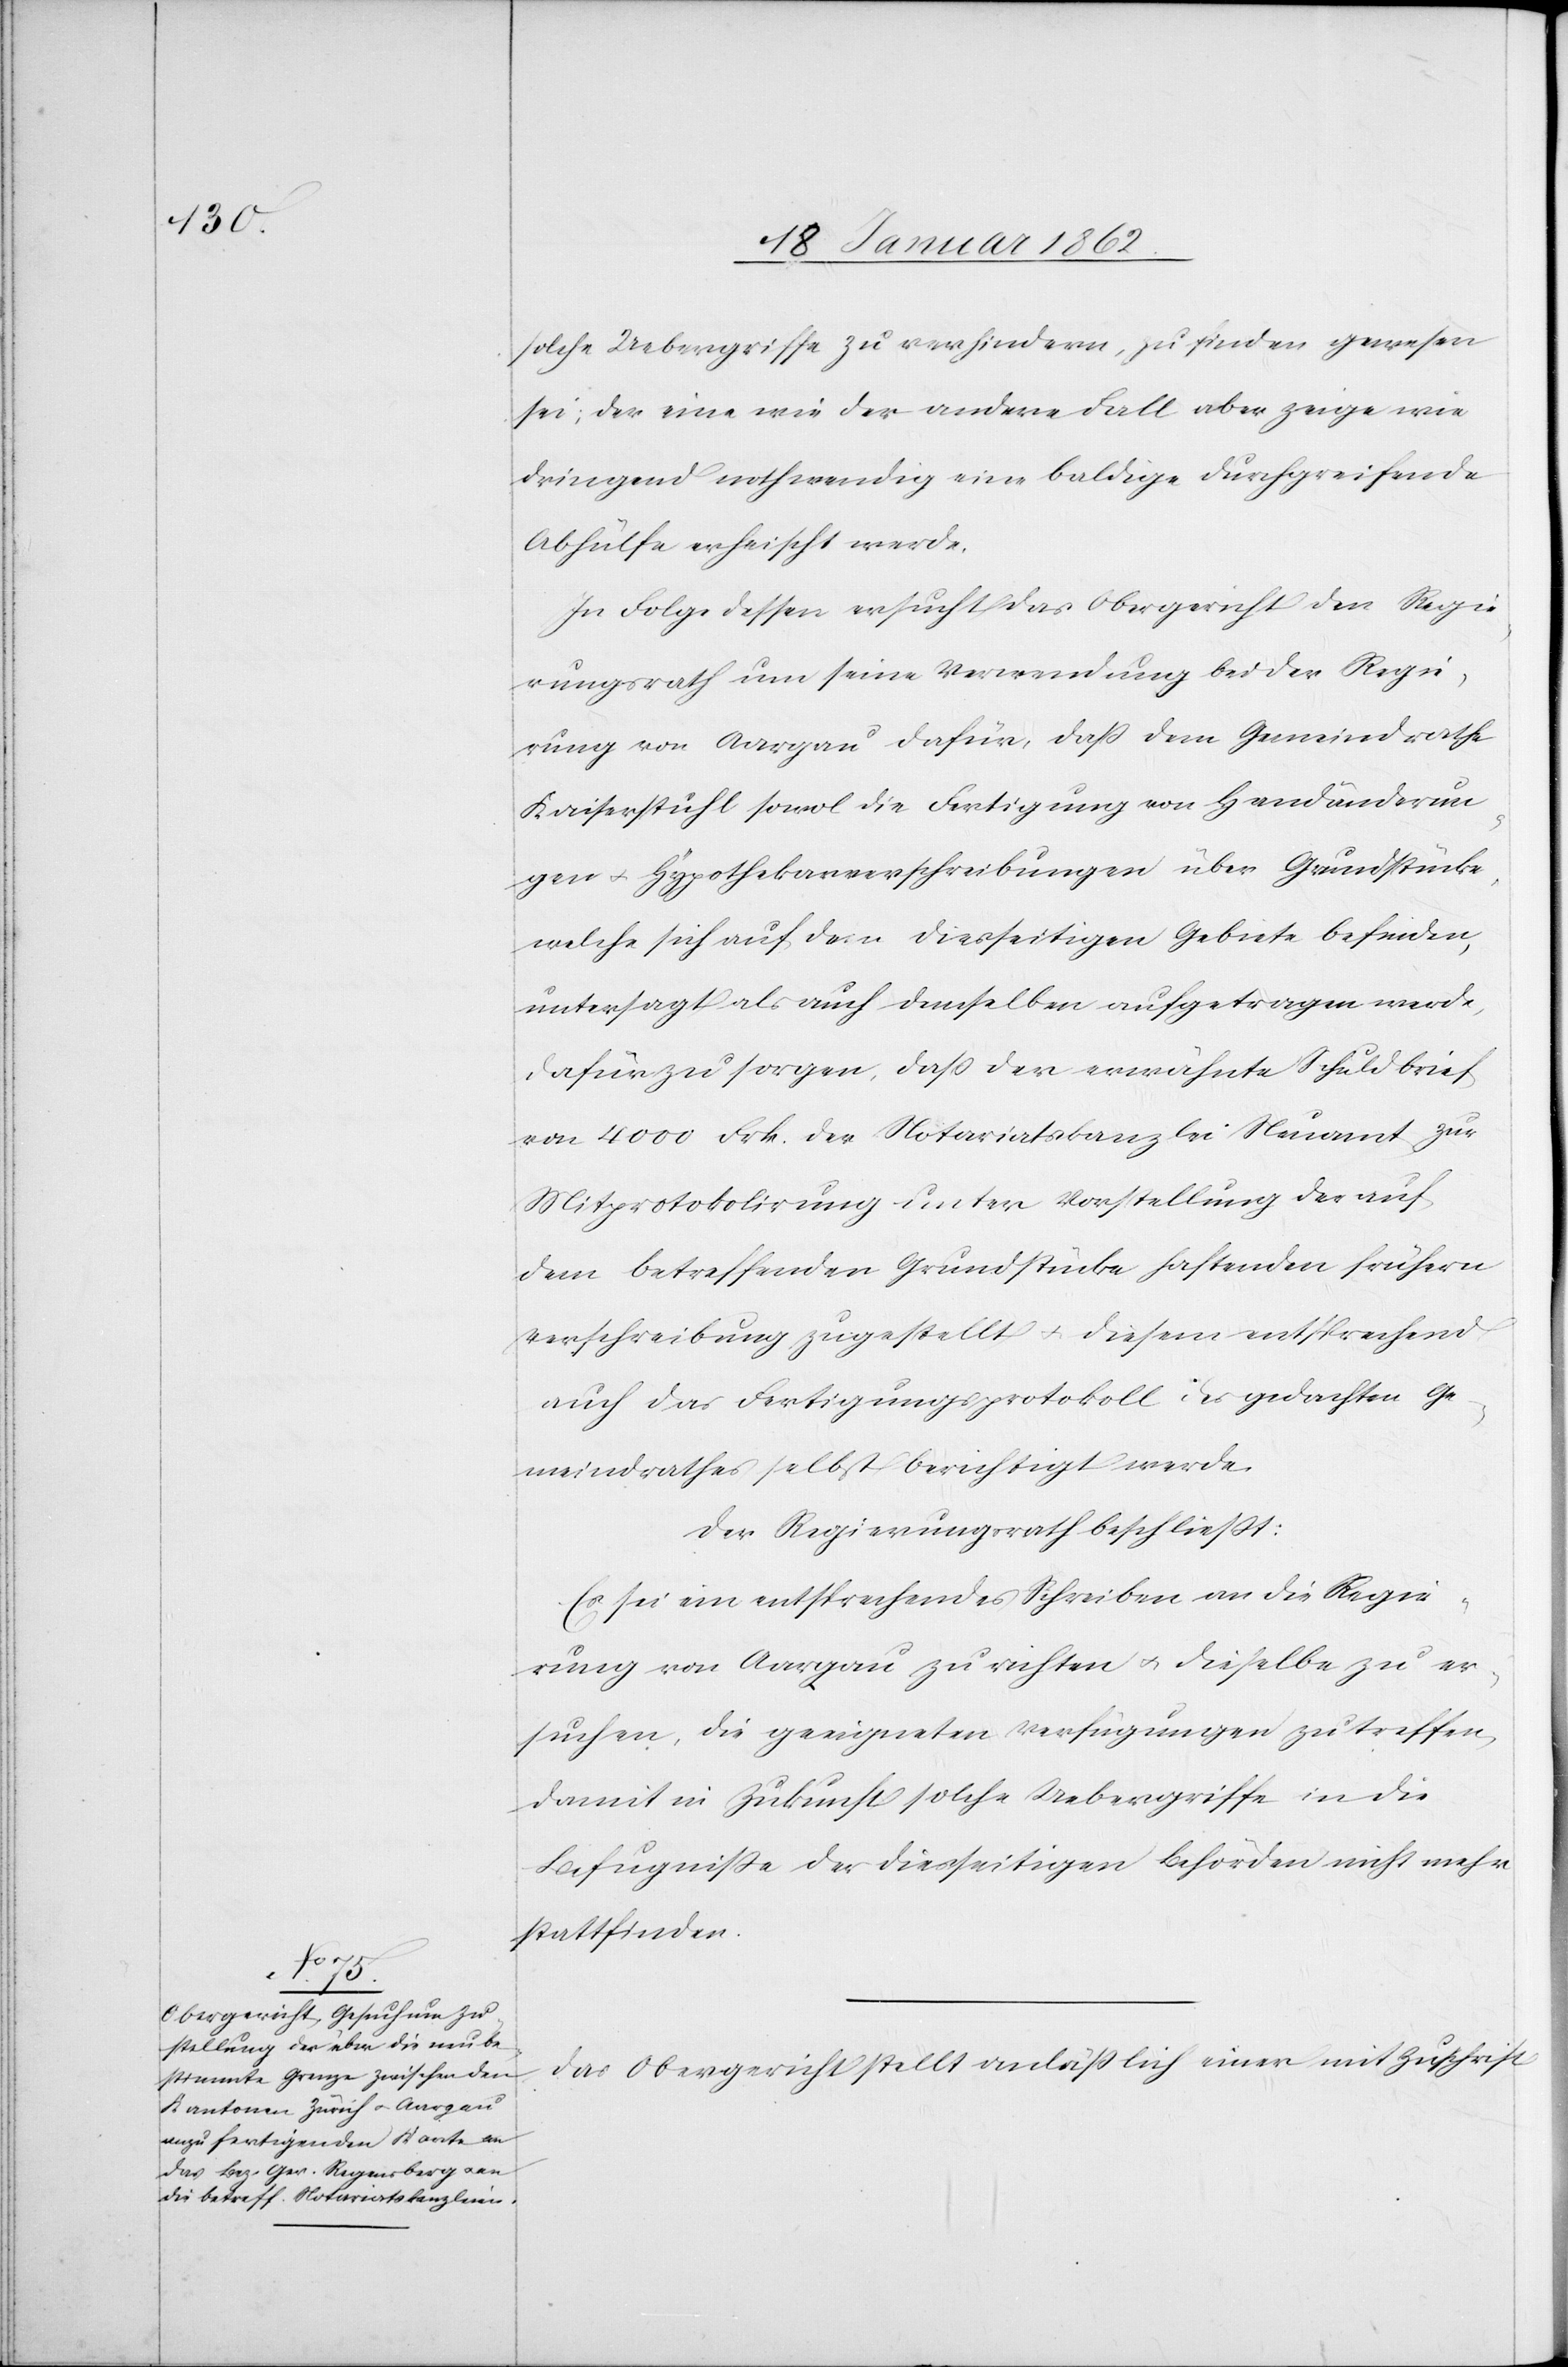
solche Uebergriffe zu verhindern, zu finden gewesen
sei; der eine wie der andere Fall aber zeige wie
dringend nothwendig eine baldige durchgreifende
Abhülfe erheischt werde.
In Folge dessen ersucht das Obergericht den Regie¬
rungsrath um seine Verwendung bei der Regie¬
rung von Aargau dafür, daß dem Gemeindrathe
Kaiserstuhl sowol die Fertigung von Handänderun¬
gen u. Hypothekarverschreibungen über Grundstücke,
welche sich auf dem diesseitigen Gebiete befinden,
untersagt als auch demselben aufgetragen werde,
dafür zu sorgen, daß der erwähnte Schuldbrief
von 4000 Frk. der Notariatskanzlei Neuamt zur
Mitprotokolirung unter Vorstellung der auf
dem betreffenden Grundstücke haftenden frühern
Verschreibung zugestellt u. diesem entsprechend
auch das Fertigungsprotokoll des gedachten Ge¬
meindrathes selbst berichtigt werde.
Der Regierungsrath beschließt:
Es sei ein entsprechendes Schreiben an die Regie¬
rung von Aargau zu richten u. dieselbe zu er¬
suchen, die geeigneten Verfügungen zu treffen,
damit in Zukunft solche Uebergriffe in die
Befugnisse der diesseitigen Behörden nicht mehr
stattfinden.
Das Obergericht stellt anläßlich einer mit Zuschrift